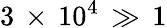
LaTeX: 3\, \times\, 10^{4}\, \gg\, 1